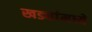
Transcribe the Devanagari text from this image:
खड्यांमध्ये